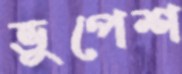
ভুপেশ